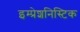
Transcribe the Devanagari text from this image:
इम्प्रेशनिस्टिक